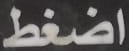
اضغط